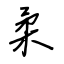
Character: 柔